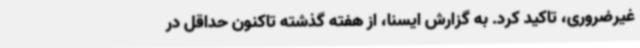
غیرضروری، تاکید کرد. به گزارش ایسنا، از هفته گذشته تاکنون حداقل در